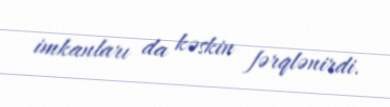
imkanları da kəskin fərqlənirdi.